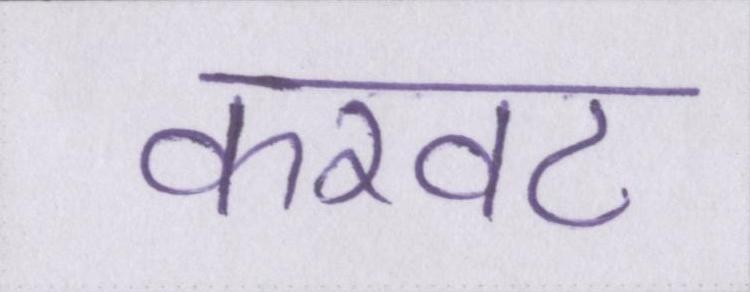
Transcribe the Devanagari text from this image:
करवट